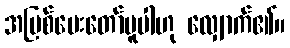
အပြစ်ပေးတော်မူပါဟု လျှောက်၏။